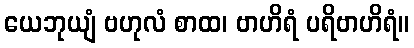
ယေဘုယျံ ဗဟုလံ စာထ၊ ဗာဟိရံ ပရိဗာဟိရံ။